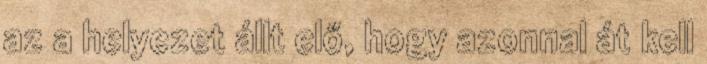
az a helyezet állt elő, hogy azonnal át kell